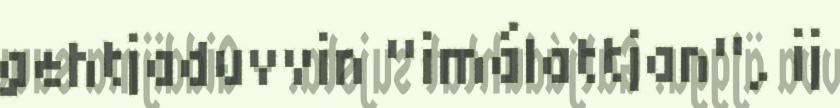
gehtjaduvvin "imálattjan", ij